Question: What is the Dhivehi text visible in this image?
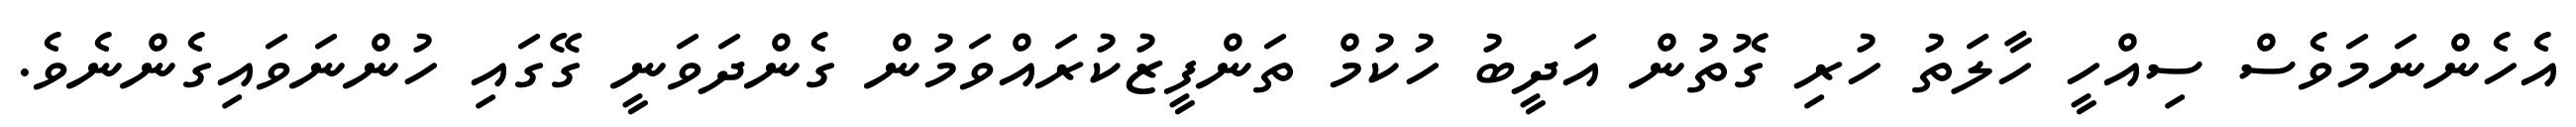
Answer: އެހެންނަމަވެސް ސިއްހީ ހާލަތު ހުރި ގޮތުން އަދީބު ހުކުމް ތަންފީޒުކުރައްވަމުން ގެންދަވަނީ ގޭގައި ހުންނަވައިގެންނެވެ.